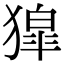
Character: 獔